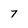
Character: 7